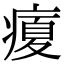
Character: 𤹉